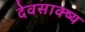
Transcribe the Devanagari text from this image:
देवसाक्ष्य